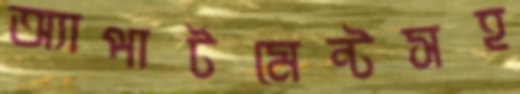
অ্যাপার্টমেন্টসহ